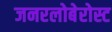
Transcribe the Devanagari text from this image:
जनरलोबेरोस्ट